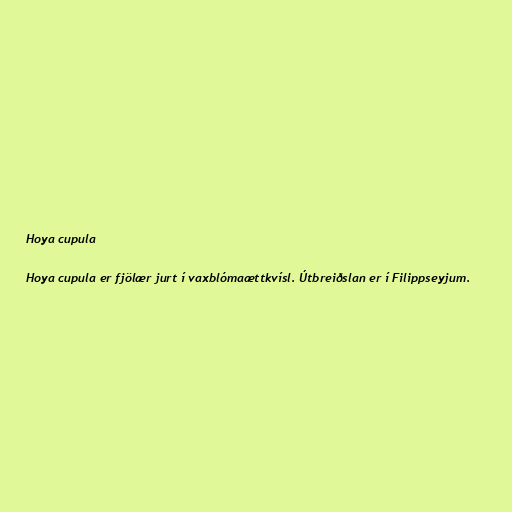
Hoya cupula

Hoya cupula er fjölær jurt í vaxblómaættkvísl. Útbreiðslan er í Filippseyjum.